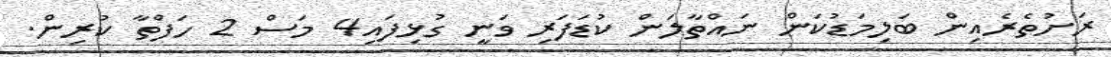
ރަށުތެރެއިން ބަލިމަޑުކަން ނައްތާލަން ކުޑަފަރި ވަނީ ގުޅިފައި4 މަސް 2 ހަފްތާ ކުރިން.